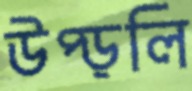
উপ্‌ড়লি